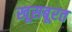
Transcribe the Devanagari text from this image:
खूसबूरत